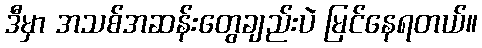
ဒီမှာ အသစ်အဆန်းတွေချည်းပဲ မြင်နေရတယ်။